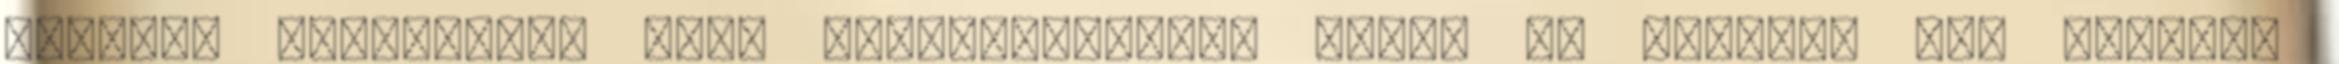
egy-egy vereséggel álló Oroszlány-MAFC páros is aratott már egy-két